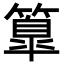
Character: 𥴚